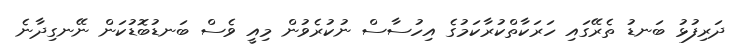
ދަރިފުޅު ބަނޑު ތެރޭގައި ހަރަކާތްކުރާކަމުގެ އިހުސާސް ނުކުރެވުން މިއީ ވެސް ބަނޑުބޮޑުކަން ނޭނގިދާނެ